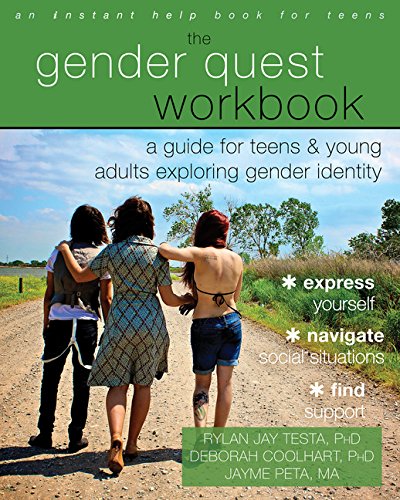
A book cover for The Gender Quest Workbook: A Guide for Teens and Young Adults Exploring Gender Identity; Rylan Jay Testa PhD; Teen & Young Adult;